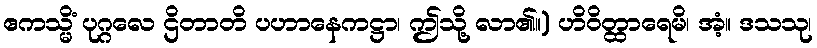
ဧကသ္မိံ ပုဂ္ဂလေ ဌိတာတိ ပဟာနေကဋ္ဌာ၊ ဤသို့ လာ၏။) ဟိဝိတ္ထာရေမိ၊ အံ့။ ဒသသု၊